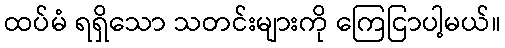
ထပ်မံ ရရှိသော သတင်းများကို ကြေငြာပါ့မယ်။